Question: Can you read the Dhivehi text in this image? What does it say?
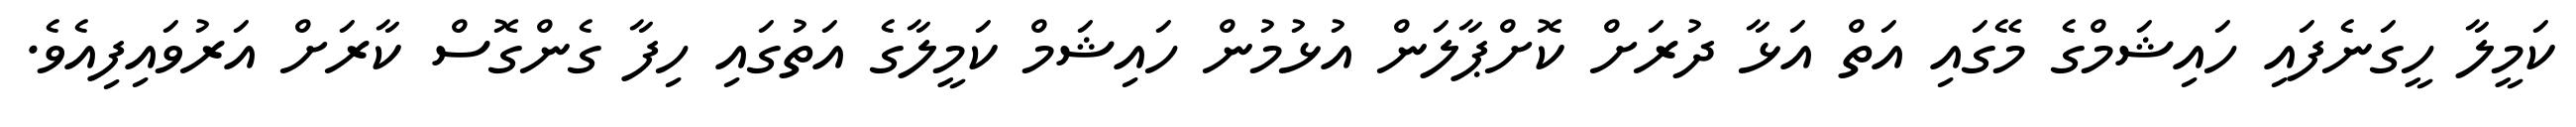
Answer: ކަމީލާ ހީގަނެފައި ހައިޝަމްގެ މޭގައި އަތް އަޅާ ދުރަށް ކޮށްޕާލަން އުޅުމުން ހައިޝަމް ކަމީލާގެ އަތުގައި ހިފާ ގެންގޮސް ކާރަށް އަރުވައިފިއެވެ.